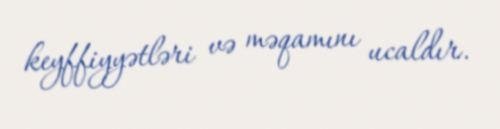
keyffiyyətləri və məqamını ucaldır.